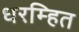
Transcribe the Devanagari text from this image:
धरम्हित